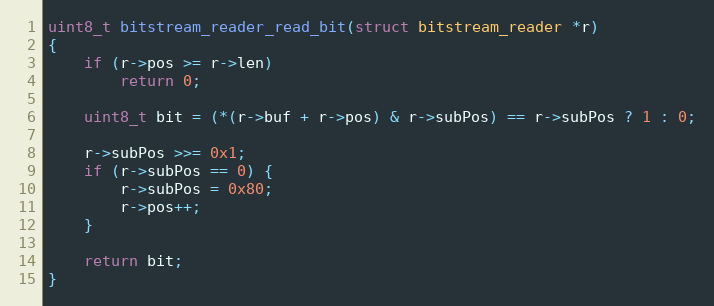
Language: C
uint8_t bitstream_reader_read_bit(struct bitstream_reader *r)
{
	if (r->pos >= r->len)
		return 0;

	uint8_t bit = (*(r->buf + r->pos) & r->subPos) == r->subPos ? 1 : 0;

	r->subPos >>= 0x1;
	if (r->subPos == 0) {
		r->subPos = 0x80;
		r->pos++;
	}

	return bit;
}